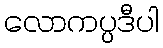
လောကပ္ပဒီပါ